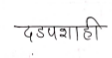
मजकूर: दडपशाही